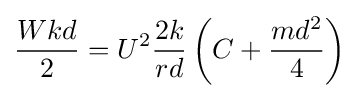
{\frac {Wkd}{2}}=U^{2}{\frac {2k}{rd}}\left(C+{\frac {md^{2}}{4}}\right)